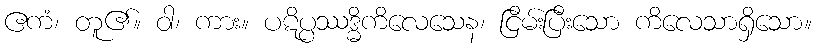
ဧကံ၊ တူ၏။ ဝါ၊ ကား။ ပဋိပ္ပဿဒ္ဓိကိလေသေန၊ ငြိမ်းပြီးသော ကိလေသာရှိသော။